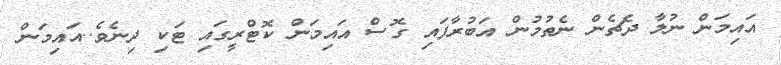
އައިމަން ނުލާ ދެޗެން ނެތުމުން އަބުރާފައި ގޮސް އައިމަން ކޮޓްރީގައި ޓަކި ދިނެވެ..އައިމަން